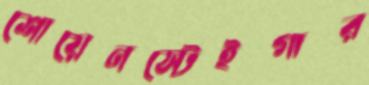
শোয়েনস্টেইগার